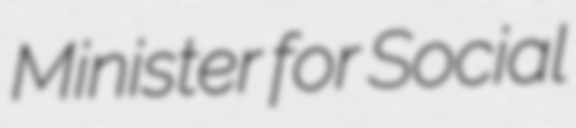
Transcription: Minister for Social